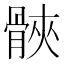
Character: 𮪪